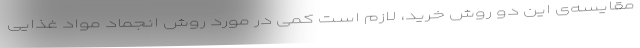
مقایسه‌ی این دو روش خرید، لازم است کمی در مورد روش انجماد مواد غذایی